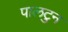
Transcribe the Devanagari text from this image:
पालटुन